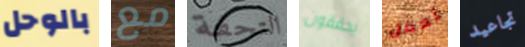
بالوحل مع التحفة يحققون تعمل تجاعيد